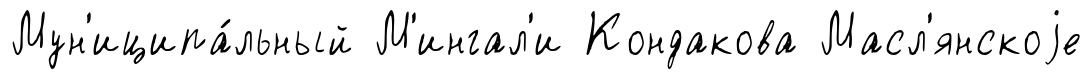
Мун'иципа́льный М'ингал'и Кондакова Масл'янскоjе